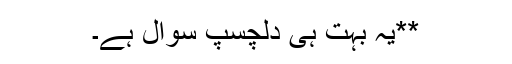
**یہ بہت ہی دلچسپ سوال ہے۔